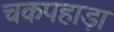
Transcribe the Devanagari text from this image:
चकपहाड़ा